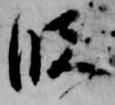
段